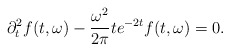
\begin{align*}\partial_t^2 f(t,\omega)-\frac{\omega^2}{2\pi} t e^{-2t} f(t,\omega)=0.\end{align*}